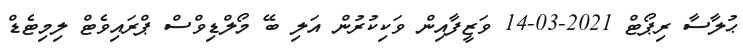
ޙުލާސާ ރިޕޯޓް 2021-03-14 ވަޒީފާއިން ވަކިކުރުން އަލި ބޭ މޯލްޑިވްސް ޕްރައިވެޓް ލިމިޓެޑް